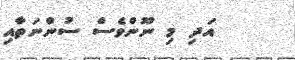
އަދި މި ނޫންވެސް ސުންނަތާއި